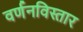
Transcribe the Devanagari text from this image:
वर्णनविस्तार